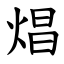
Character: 焻